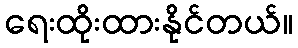
ရေးထိုးထားနိုင်တယ်။